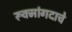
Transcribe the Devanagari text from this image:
रूक्मांगदाचे